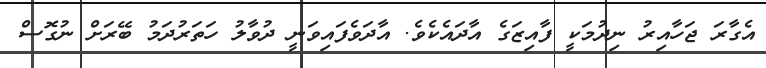
އެގާރަ ޖަހާއިރު ނިދުމަކީ ފާއިޒަގެ އާދައެކެވެ. އާދަވެފައިވަނީ ދުވާލު ހަތަރުދަމު ބޭރަށް ނުގޮސް